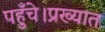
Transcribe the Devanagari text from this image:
पहुँचे।प्रख्यात